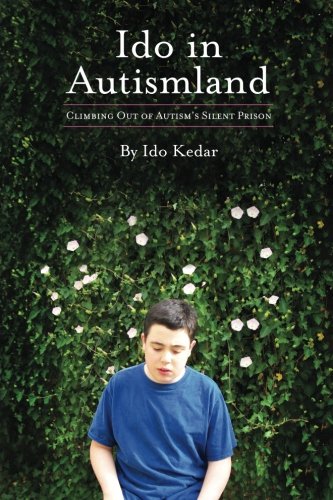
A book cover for Ido in Autismland: Climbing Out of Autism's Silent Prison; Ido Kedar; Medical Books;